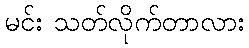
မင်း သတ်လိုက်တာလား